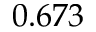
0 . 6 7 3